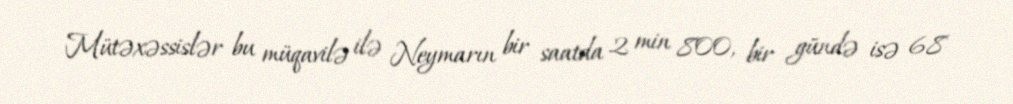
Mütəxəssislər bu müqavilə ilə Neymarın bir saatda 2 min 800, bir gündə isə 68